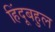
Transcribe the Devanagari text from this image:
हिंदूबहुल